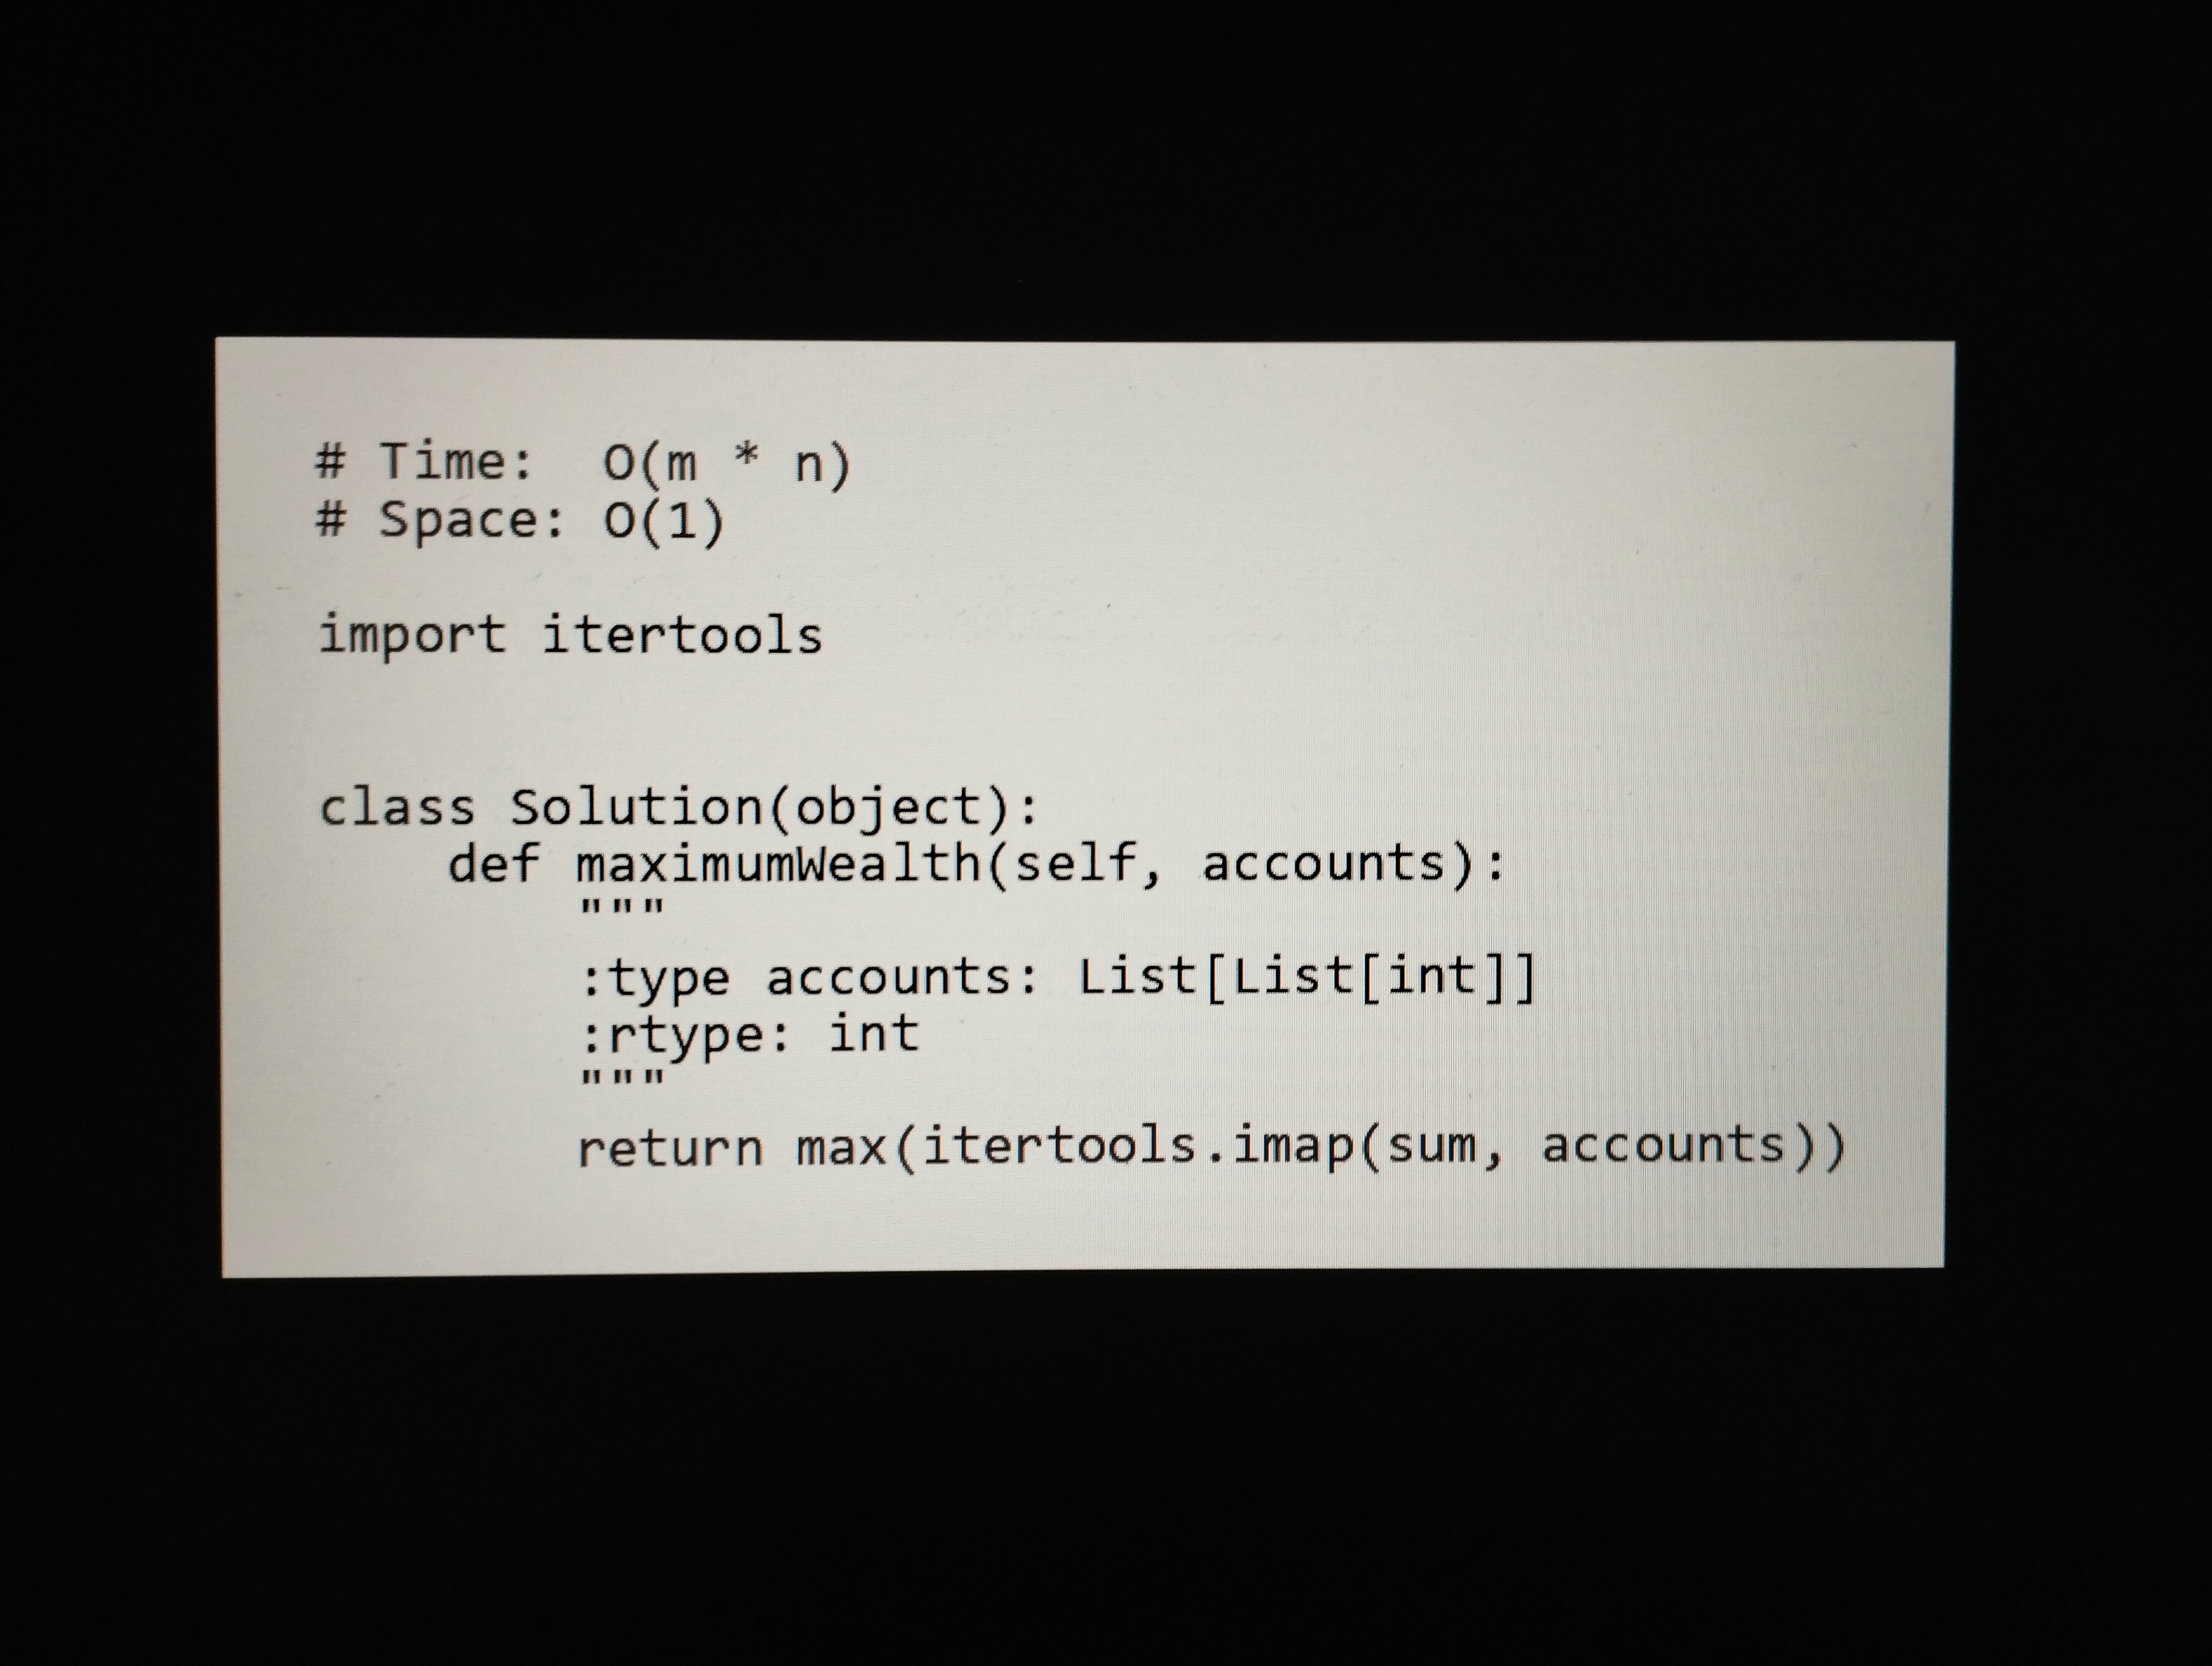
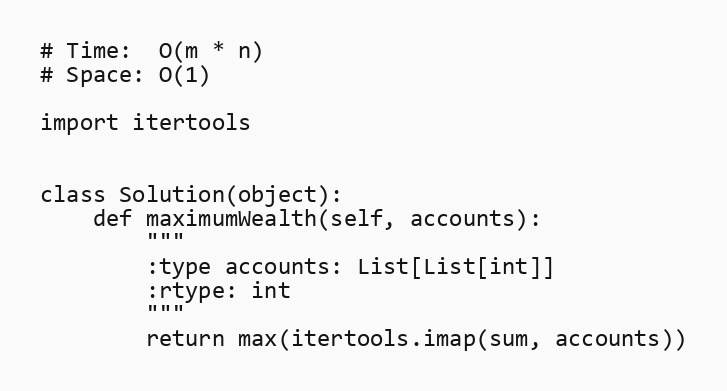
# Time:  O(m * n)
# Space: O(1)

import itertools

class Solution(object):
    def maximumWealth(self, accounts):
        """
        :type accounts: List[List[int]]
        :rtype: int
        """
        return max(itertools.imap(sum, accounts))